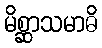
မိစ္ဆာသမာဓိ